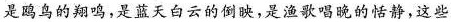
是鸥鸟的翔鸣，是蓝天白云的制映，是渔歌唱晚的恬静，这些